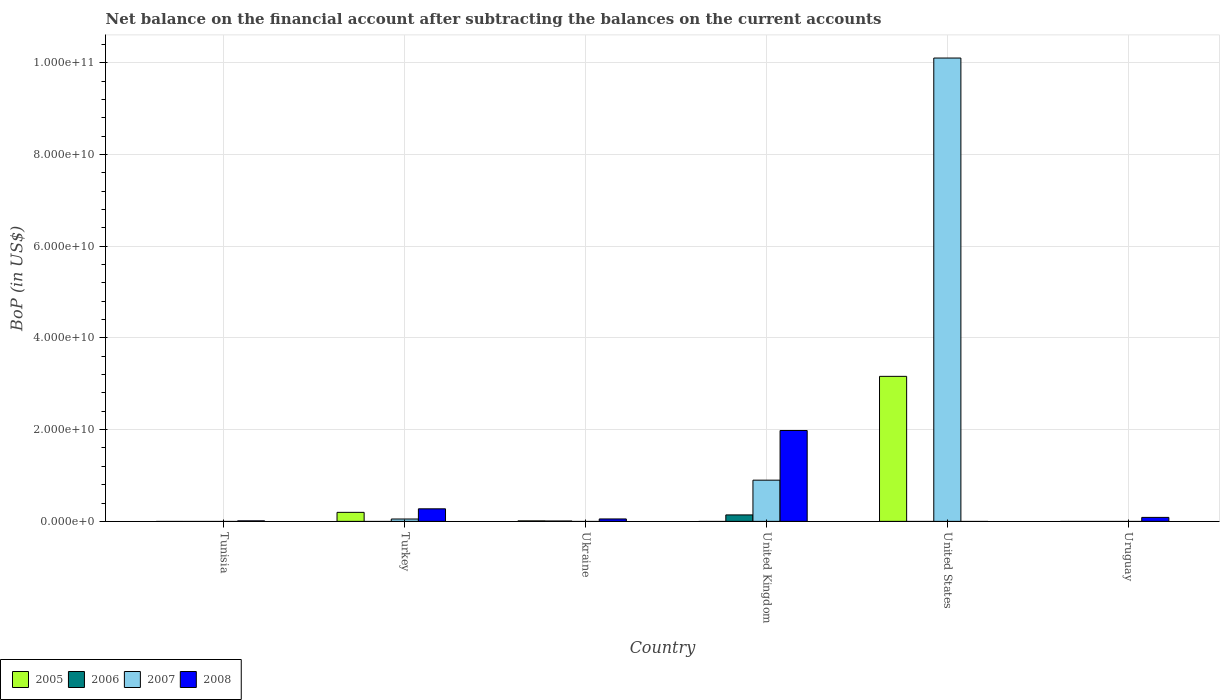
| Country | 2005 | 2006 | 2007 | 2008 |
 | --- | --- | --- | --- | --- |
 | Tunisia | -2.71e+07 | -3.72e+07 | -3.69e+07 | 1.13e+08 |
 | Turkey | 1.96e+09 | -2.27e+08 | 5.15e+08 | 2.73e+09 |
 | Ukraine | 1.04e+08 | 7.6e+07 | -4.8e+08 | 5.26e+08 |
 | United Kingdom | -3.07e+08 | 1.41e+09 | 8.98e+09 | 1.98e+10 |
 | United States | 3.16e+10 | -6.29e+08 | 1.01e+11 | -4.58e+10 |
 | Uruguay | -1.74e+08 | -1.52e+08 | -2.79e+08 | 8.64e+08 |